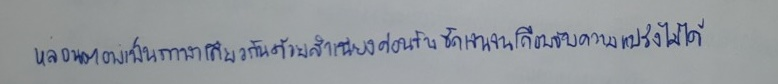
หล่อนตอบเป็นภาษาเดียวกันด้วยสำเนียงค่อนข้างชัดเจนจนเกือบจับความแปร่งไม่ได้